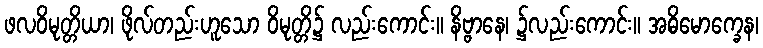
ဖလဝိမုတ္တိယာ၊ ဖိုလ်တည်းဟူသော ဝိမုတ္တိ၌ လည်းကောင်း။ နိဗ္ဗာနေ၊ ၌လည်းကောင်း။ အဓိမောက္ခေန၊